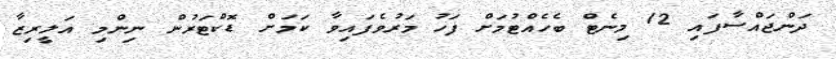
ދަންޖައްސާފައި 12 މިނެޓް ބެހެއްޓުމަށް ފަހު މަރުވެފައިވާ ކަމަށް ޑޮކްޓަރުން ނިންމި އަލީރިޒާ